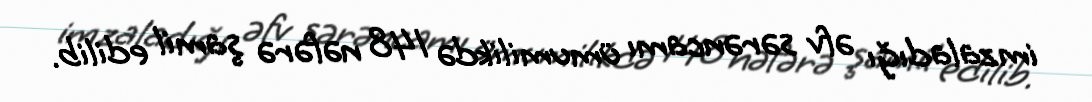
imzaladığı əfv sərəncamı ümumilikdə 148 nəfərə şamil edilib.